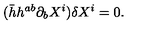
( \bar { h } h ^ { a b } \partial _ { b } X ^ { i } ) \delta X ^ { i } = 0 .